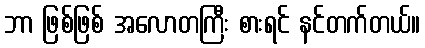
ဘာ ဖြစ်ဖြစ် အလောတကြီး စားရင် နင်တက်တယ်။